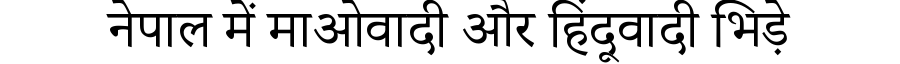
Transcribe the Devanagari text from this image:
नेपाल में माओवादी और हिंदूवादी भिड़े